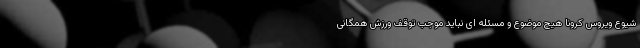
شیوع ویروس کرونا هیچ موضوع و مسئله ای نباید موجب توقف ورزش همگانی